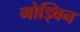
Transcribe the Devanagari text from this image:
गोड्विन